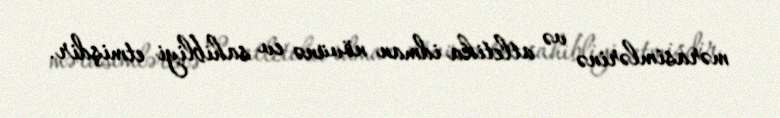
mərasimlərinə və atletika idman növünə ev sahibliyi etmişdir.